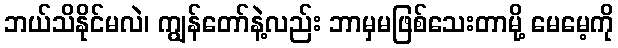
ဘယ်သိနိုင်မလဲ၊ ကျွန်တော်နဲ့လည်း ဘာမှမဖြစ်သေးတာမို့ မေမေ့ကို